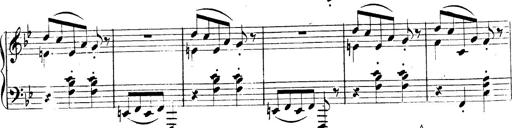
Title: 3 Caprices-Valses
Composer: Franz Liszt